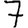
Digit: 7